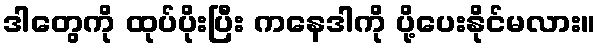
ဒါတွေကို ထုပ်ပိုးပြီး ကနေဒါကို ပို့ပေးနိုင်မလား။